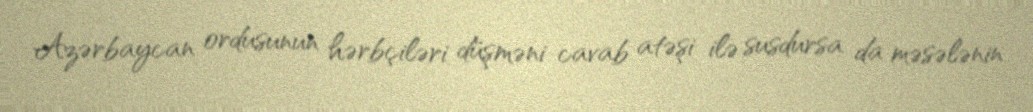
Azərbaycan ordusunun hərbçiləri düşməni cavab atəşi ilə susdursa da məsələnin